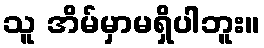
သူ အိမ်မှာမရှိပါဘူး။